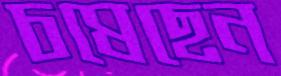
চষেছেন